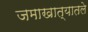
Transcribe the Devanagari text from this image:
जमाखात्यातले